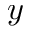
y